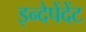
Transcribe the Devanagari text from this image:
इन्देपेंदेंट